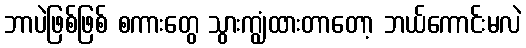
ဘာပဲဖြစ်ဖြစ် စကားတွေ သွားကျွံထားတာတော့ ဘယ်ကောင်းမလဲ